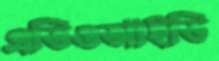
এভিওআইডি